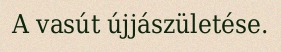
A vasút újjászületése.